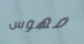
مهوس